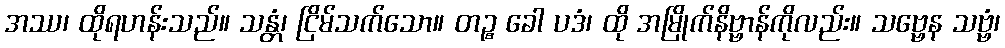
အဿ၊ ထိုရဟန်းသည်။ သန္တံ၊ ငြိမ်သက်သော။ တဉ္စ ခေါ ပဒံ၊ ထို အမြိုက်နိဗ္ဗာန်ကိုလည်း။ သဗ္ဗေန သဗ္ဗံ၊